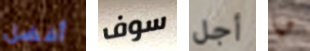
أفضل سوف أجل هيا